Vaccination in Burma 1900-1911 - 1900-1911
Year: 1900
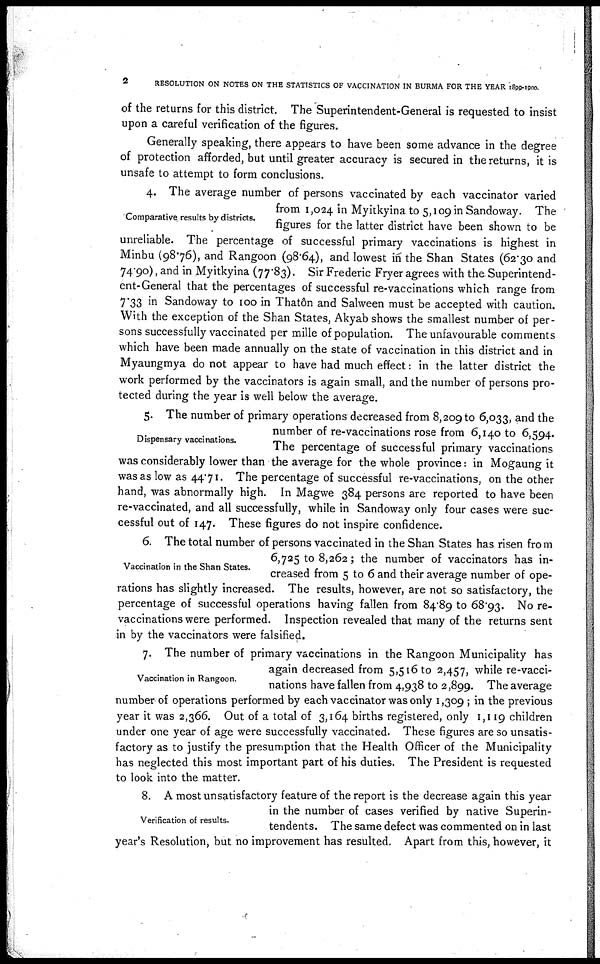
2
RESOLUTION ON NOTES ON THE STATISTICS OF VACCINATION IN BURMA FOR THE YEAR 1899-1900.
of the returns for this district. The Superintendent-General is requested to insist
upon a careful verification of the figures.
Generally speaking, there appears to have been some advance in the degree
of protection afforded, but until greater accuracy is secured in the returns, it is
unsafe to attempt to form conclusions.
Comparative results by districts.
4. The average number of persons vaccinated by each vaccinator varied
from 1,024 in Myitkyina to 5,109 in Sandoway. The
figures for the latter district have been shown to be
unreliable. The percentage of successful primary vaccinations is highest in
Minbu (98.76), and Rangoon (98.64), and lowest in the Shan States (62.30 and
74.90), and in Myitkyina (77.83). Sir Frederic Fryer agrees with the Superintend-
ent-General that the percentages of successful re-vaccinations which range from
7.33 in Sandoway to 100 in Thatôn and Salween must be accepted with caution.
With the exception of the Shan States, Akyab shows the smallest number of per-
sons successfully vaccinated per mille of population. The unfavourable comments
which have been made annually on the state of vaccination in this district and in
Myaungmya do not appear to have had much effect: in the latter district the
work performed by the vaccinators is again small, and the number of persons pro-
tected during the year is well below the average.
Dispensary vaccinations.
5. The number of primary operations decreased from 8,209 to 6,033, and the
number of re-vaccinations rose from 6,140 to 6,594.
The percentage of successful primary vaccinations
was considerably lower than the average for the whole province: in Mogaung it
was as low as 44.71. The percentage of successful re-vaccinations, on the other
hand, was abnormally high. In Magwe 384 persons are reported to have been
re-vaccinated, and all successfully, while in Sandoway only four cases were suc-
cessful out of 147. These figures do not inspire confidence.
Vaccination in the Shan States.
6. The total number of persons vaccinated in the Shan States has risen from
6,725 to 8,262; the number of vaccinators has in-
creased from 5 to 6 and their average number of ope-
rations has slightly increased. The results, however, are not so satisfactory, the
percentage of successful operations having fallen from 84.89 to 68.93. No re-
vaccinations were performed. Inspection revealed that many of the returns sent
in by the vaccinators were falsified.
Vaccination in Rangoon.
7. The number of primary vaccinations in the Rangoon Municipality has
again decreased from 5,516 to 2,457, while re-vacci-
nations have fallen from 4,938 to 2,899. The average
number of operations performed by each vaccinator was only 1,309; in the previous
year it was 2,366. Out of a total of 3,164 births registered, only 1,119 children
under one year of age were successfully vaccinated. These figures are so unsatis-
factory as to justify the presumption that the Health Officer of the Municipality
has neglected this most important part of his duties. The President is requested
to look into the matter.
Verification of results.
8. A most unsatisfactory feature of the report is the decrease again this year
in the number of cases verified by native Superin-
tendents. The same defect was commented on in last
year's Resolution, but no improvement has resulted. Apart from this, however, it